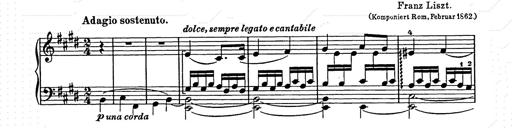
Title: Ave Maria
Composer: Joseph Ascher
Key: D-flat major